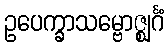
ဥပေက္ခာသမ္ဗောဇ္ဈင်္ဂံ